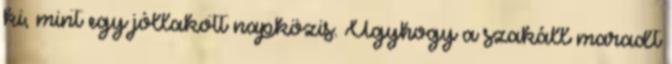
ki, mint egy jóllakott napközis. Úgyhogy a szakáll maradt